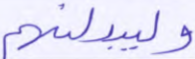
وليبدلنهم